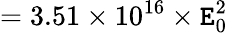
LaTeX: =3.51\times10^{16}\times{\cal\mathtt{E}}_{0}^{2}